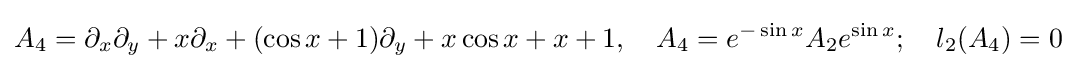
A_{4}=\partial _{x}\partial _{y}+x\partial _{x}+(\cos x+1)\partial _{y}+x\cos x+x+1,\quad A_{4}=e^{-\sin x}A_{2}e^{\sin x};\quad l_{2}(A_{4})=0